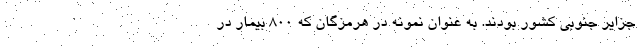
جزایر جنوبی کشور بودند. به عنوان نمونه در هرمزگان که ۸۰۰ بیمار در